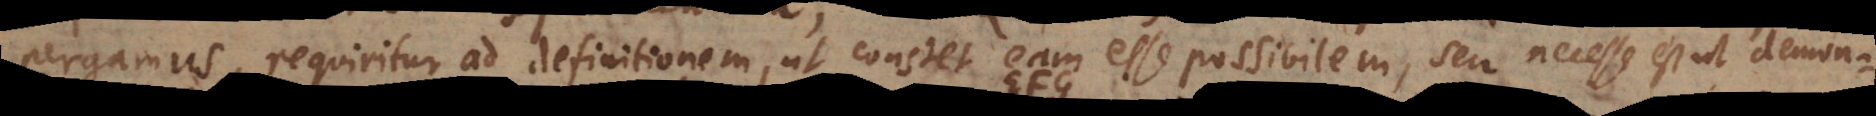
pergamus, requiritur ad definitionem, ut constet eam esse possibilem, seu necesse est ut demon